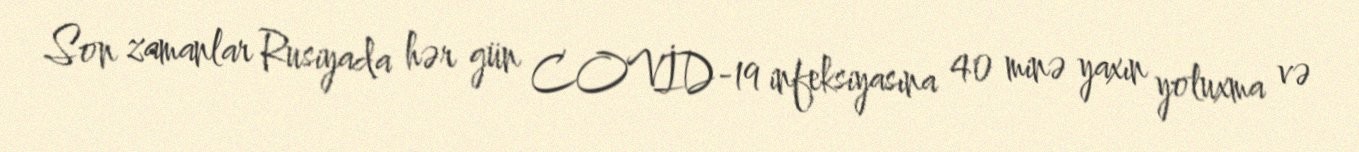
Son zamanlar Rusiyada hər gün COVİD-19 infeksiyasına 40 minə yaxın yoluxma və